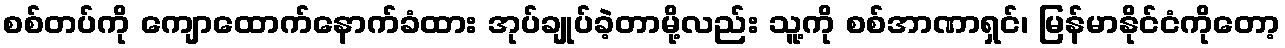
စစ်တပ်ကို ကျောထောက်နောက်ခံထား အုပ်ချုပ်ခဲ့တာမို့လည်း သူ့ကို စစ်အာဏာရှင်၊ မြန်မာနိုင်ငံကိုတော့